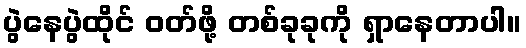
ပွဲနေပွဲထိုင် ဝတ်ဖို့ တစ်ခုခုကို ရှာနေတာပါ။